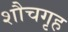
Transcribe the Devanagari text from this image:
शौचगृह